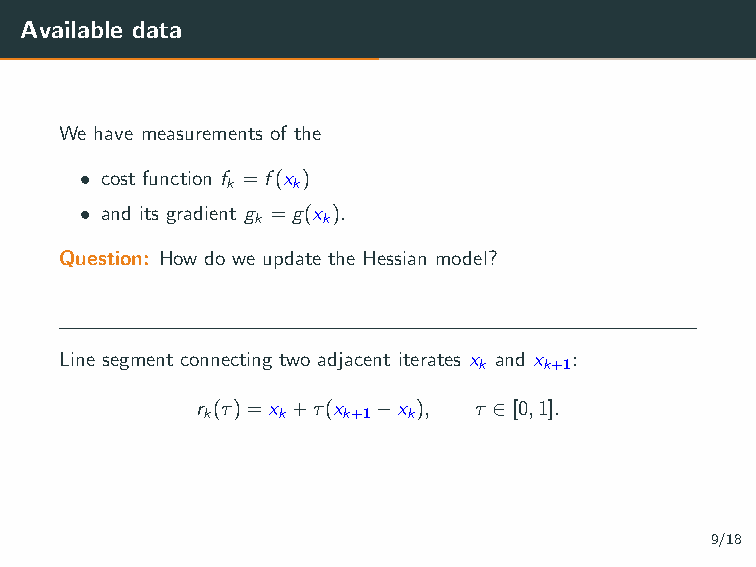
Available data
 We have measurements of the
 • cost function f =f(x )
 k   k
 • and its gradient g =g(x ).
 k   k
 Question: How do we update the Hessian model?
 Line segment connecting two adjacent iterates x and x :
 k   k+1
 r (τ)=x +τ(x −x ), τ ∈[0,1].
 k    k    k+1 k
 9/18